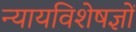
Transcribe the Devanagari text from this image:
न्यायविशेषज्ञों